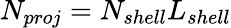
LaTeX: N_{proj}=N_{shell}L_{shell}